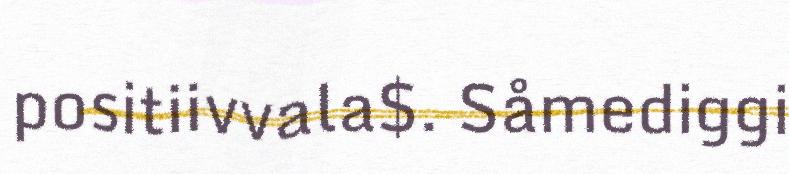
positiivvala$. Såmediggi